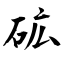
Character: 砿